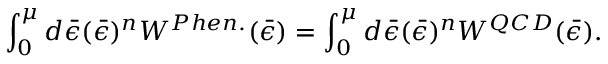
\int _ { 0 } ^ { \mu } d \bar { \epsilon } ( { \bar { \epsilon } } ) ^ { n } { W ^ { P h e n . } ( \bar { \epsilon } ) } = \int _ { 0 } ^ { \mu } d \bar { \epsilon } ( { \bar { \epsilon } } ) ^ { n } { W ^ { Q C D } ( \bar { \epsilon } ) } .